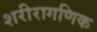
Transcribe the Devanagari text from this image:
शरीरागणिक